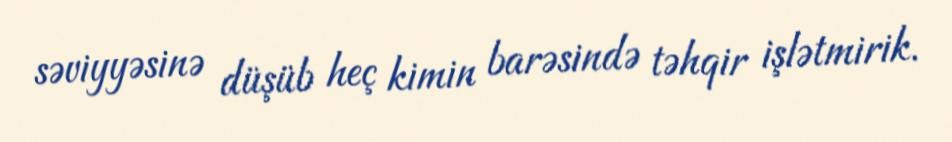
səviyyəsinə düşüb heç kimin barəsində təhqir işlətmirik.